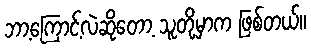
ဘာ့ကြောင့်လဲဆိုတော့ သူတို့မှာက ဖြစ်တယ်။